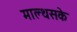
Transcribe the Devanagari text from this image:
माल्थसके